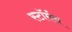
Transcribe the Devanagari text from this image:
स्टॉर्मस